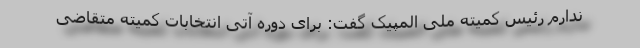
ندارم رئیس کمیته ملی المپیک گفت: برای دوره آتی انتخابات کمیته متقاضی